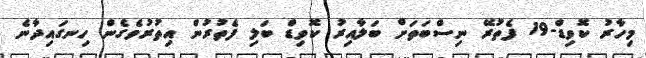
މިހާރު ކޮވިޑް-19 ފެތުރޭ ނިސްބަތަށް ބަލާއިރު ކޮވިޑް ބަލި ފެތުރުން އިތުރުވެގެން ހިނގައިދާނެ